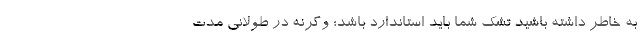
به خاطر داشته باشید تشک شما باید استاندارد باشد؛ وگرنه در طولانی مدت